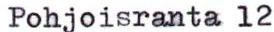
Pohjoisranta 12